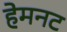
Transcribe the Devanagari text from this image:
हेमनट